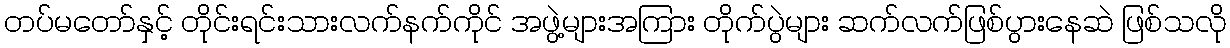
တပ်မတော်နှင့် တိုင်းရင်းသားလက်နက်ကိုင် အဖွဲ့များအကြား တိုက်ပွဲများ ဆက်လက်ဖြစ်ပွားနေဆဲ ဖြစ်သလို